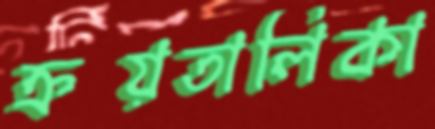
ক্রয়তালিকা